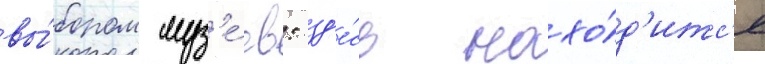
вы́бором муз'е́ев: зд'е́сь нахо́д'итс'я